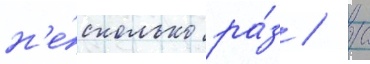
н'е́сколько ра́з / с